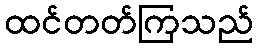
ထင်တတ်ကြသည်